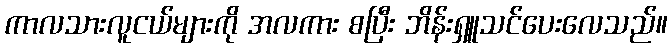
ကာလသားလူငယ်များကို အလကား စပြီး ဘိန်းရှူသင်ပေးလေသည်။